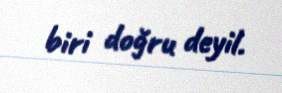
biri doğru deyil.